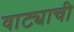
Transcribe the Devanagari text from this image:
वाट्याची